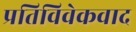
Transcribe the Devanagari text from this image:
प्रतिविवेकवाद